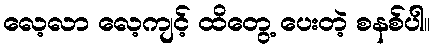
လေ့လာ လေ့ကျင့် ထိတွေ့ ပေးတဲ့ စနစ်ပါ။